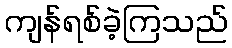
ကျန်ရစ်ခဲ့ကြသည်